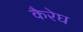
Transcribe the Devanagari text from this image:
कैरेघ